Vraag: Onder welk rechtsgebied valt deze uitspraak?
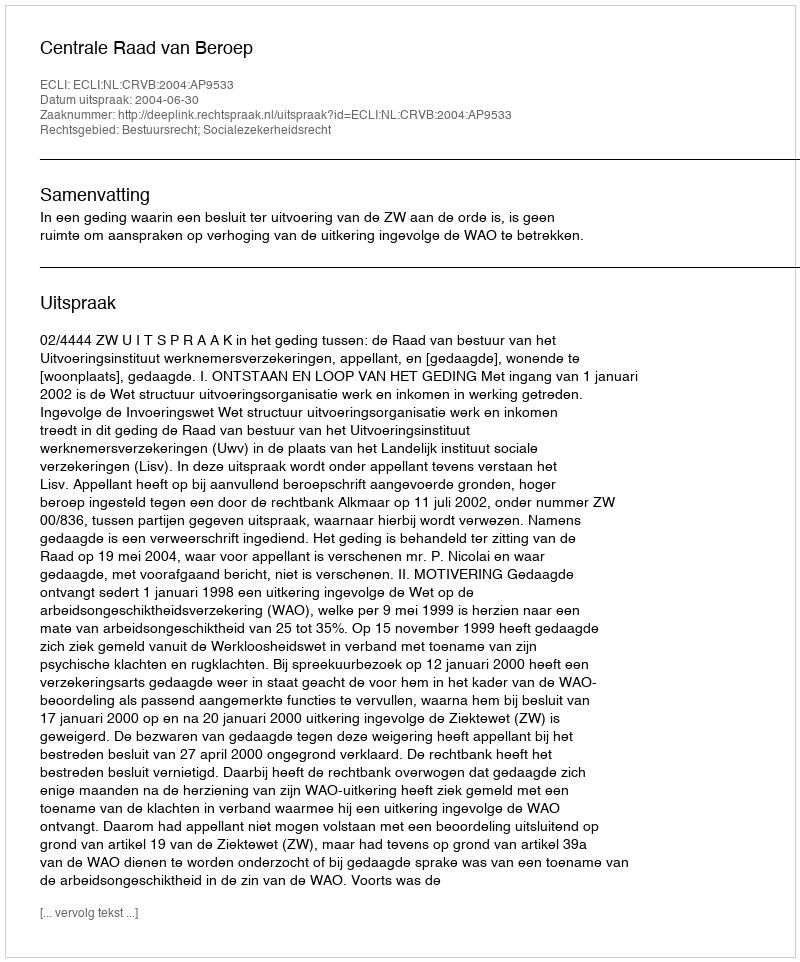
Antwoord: Bestuursrecht; Socialezekerheidsrecht